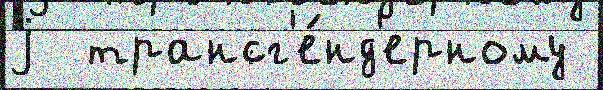
j  трансг'е́нд'ерному